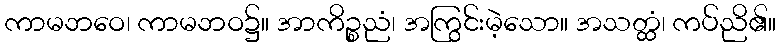
ကာမဘဝေ၊ ကာမဘဝ၌။ အာကိဉ္စညံ၊ အကြွင်းမဲ့သော။ အသတ္ထံ၊ ကပ်ညိ၏။